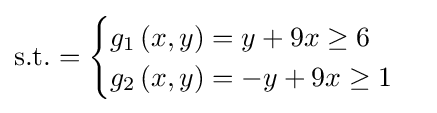
{\text{s.t.}}={\begin{cases}g_{1}\left(x,y\right)=y+9x\geq 6\\g_{2}\left(x,y\right)=-y+9x\geq 1\\\end{cases}}